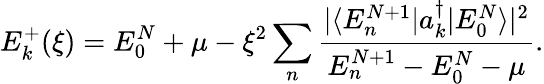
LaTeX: E_{k}^{+}(\xi)=E_{0}^{N}+\mu-\xi^{2}\sum_{n}\frac{|\langle E_{n}^{N+1}|a_{k}^{\dagger}|E_{0}^{N}\rangle|^{2}}{E_{n}^{N+1}-E_{0}^{N}-\mu}.